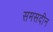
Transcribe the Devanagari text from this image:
समसदीन